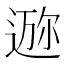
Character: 𱚧